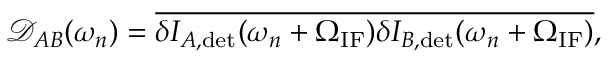
\mathcal { D } _ { A B } ( \omega _ { n } ) = \overline { { \delta I _ { A , \mathrm { d e t } } ( \omega _ { n } + \Omega _ { \mathrm { I F } } ) \delta I _ { B , \mathrm { d e t } } ( \omega _ { n } + \Omega _ { \mathrm { I F } } ) } } ,